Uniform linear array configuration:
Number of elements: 16
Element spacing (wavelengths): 1
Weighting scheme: uniform
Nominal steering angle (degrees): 15
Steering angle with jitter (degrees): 13.112
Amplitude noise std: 0.05
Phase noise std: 0.05

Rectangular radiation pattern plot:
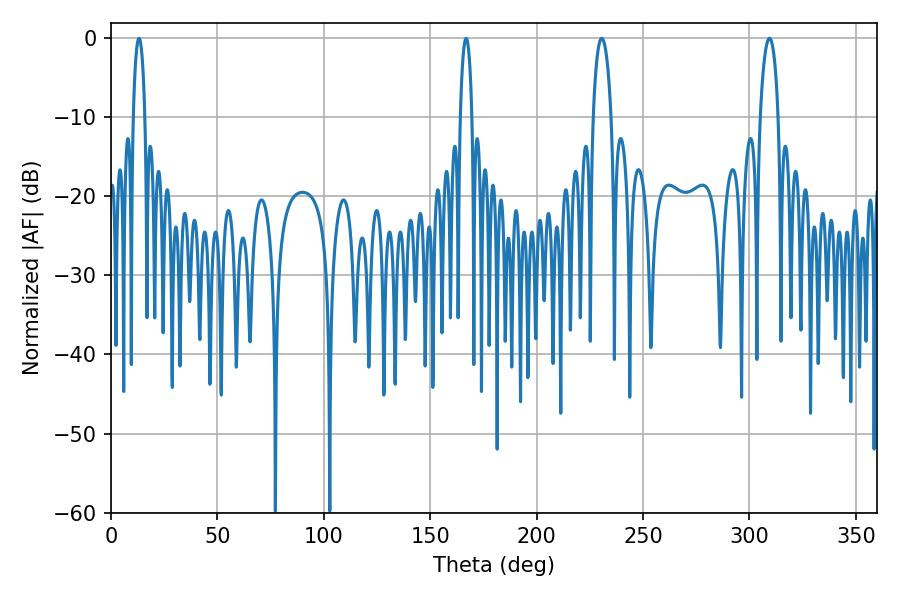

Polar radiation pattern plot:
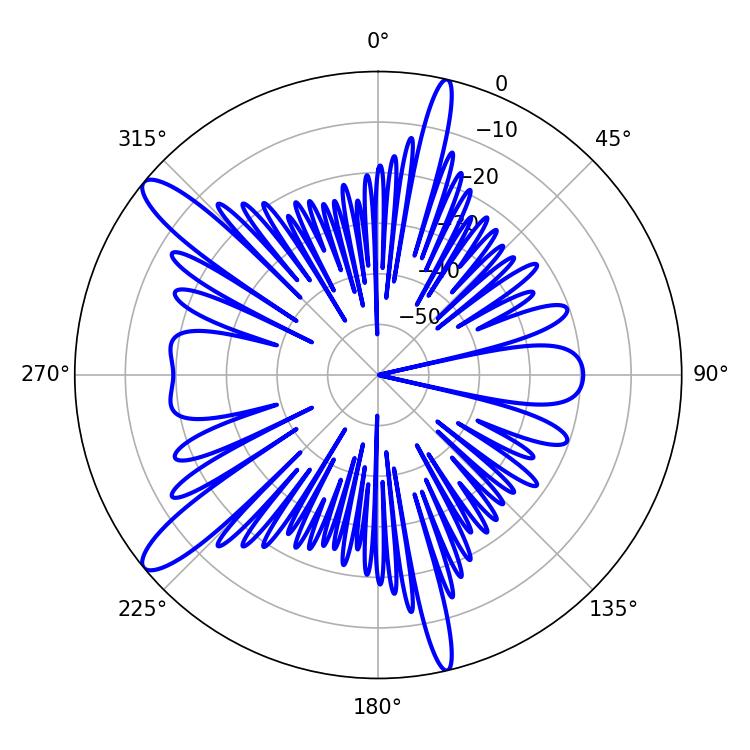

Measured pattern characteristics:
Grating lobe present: TRUE
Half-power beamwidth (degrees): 3.06
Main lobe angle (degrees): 13.14